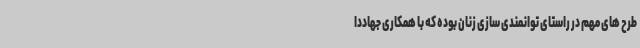
طرح های مهم در راستای توانمندی سازی زنان بوده که با همکاری جهاددا